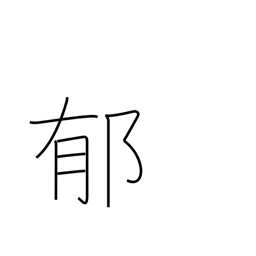
Meaning: perfume